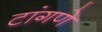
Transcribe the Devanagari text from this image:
टांगणे